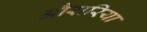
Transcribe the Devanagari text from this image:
औरारिया